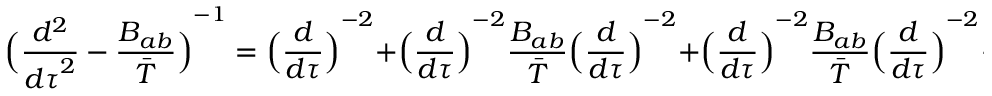
{ \Bigl ( { \frac { d ^ { 2 } } { { d \tau } ^ { 2 } } } - { \frac { B _ { a b } } { \bar { T } } } \Bigl ) } ^ { - 1 } = { \Bigl ( { \frac { d } { d \tau } } \Bigr ) } ^ { - 2 } + { \Bigl ( { \frac { d } { d \tau } } \Bigr ) } ^ { - 2 } { \frac { B _ { a b } } { \bar { T } } } { \Bigl ( { \frac { d } { d \tau } } \Bigr ) } ^ { - 2 } + { \Bigl ( { \frac { d } { d \tau } } \Bigr ) } ^ { - 2 } { \frac { B _ { a b } } { \bar { T } } } { \Bigl ( { \frac { d } { d \tau } } \Bigr ) } ^ { - 2 } { \frac { B _ { a b } } { \bar { T } } } { \Bigl ( { \frac { d } { d \tau } } \Bigr ) } ^ { - 2 } + \cdots ,